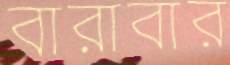
বারাবার